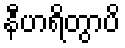
နီဟရိတွာပိ